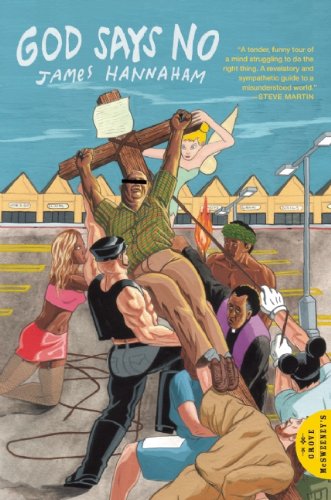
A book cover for God Says No; James Hannaham; Literature & Fiction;